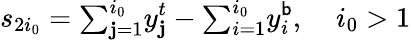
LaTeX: s_{2i_{0}}={\textstyle\sum_{\mathbf{j}=1}^{i_{0}}}y_{\mathbf{j}}^{t}-{\textstyle\sum_{i=1}^{i_{0}}}y_{i}^{\mathsf{b}},\; \; \; \ i_{0}>1